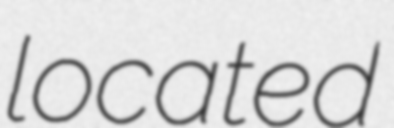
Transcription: located